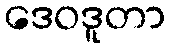
ဒေဝဒူတာ